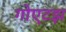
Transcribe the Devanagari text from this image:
गोएटझ